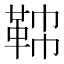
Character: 𩊟